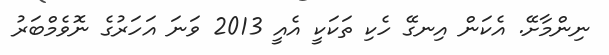
ނިންމާށޭ. އެކަން އިނގޭ ހެކި ތަކަކީ އެއީ 2013 ވަނަ އަހަރުގެ ނޮވެމްބަރު